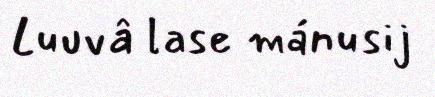
Luuvâ lase mánusij